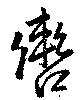
轡